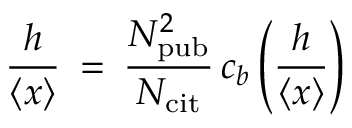
\frac { h } { \left\langle { x } \right\rangle } \: = \: \frac { N _ { \mathrm { p u b } } ^ { 2 } } { N _ { \mathrm { c i t } } } \, c _ { b } \left( \frac { h } { \left\langle { x } \right\rangle } \right)